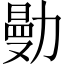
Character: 𠢝